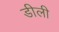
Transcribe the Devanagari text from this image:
डीली